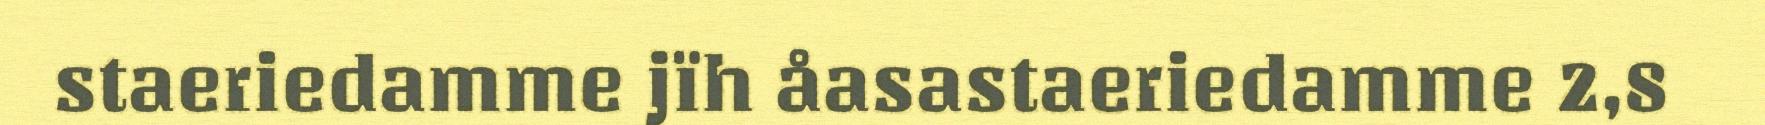
staeriedamme jïh åasastaeriedamme 2,8